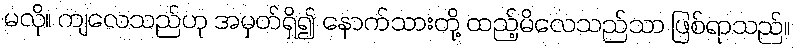
မလို။ ကျလေသည်ဟု အမှတ်ရှိ၍ နောက်သားတို့ ထည့်မိလေသည်သာ ဖြစ်ရာသည်။